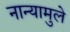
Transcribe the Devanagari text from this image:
नान्यामुले